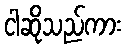
ငါဆိုသည်ကား